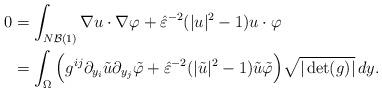
LaTeX: \begin{align*} 0 &= \int_{N\mathcal{B}(1)} \nabla u \cdot \nabla \varphi + \hat \varepsilon^{-2}(|u|^2 - 1) u \cdot \varphi \\ &=\int_{\Omega} \Big(g^{ij}\partial_{y_i} \tilde u \partial_{y_j} \tilde \varphi + \hat \varepsilon^{-2}(|\tilde u|^2 - 1) \tilde u \tilde \varphi\Big) \sqrt{|\det(g)|}\,dy. \end{align*}